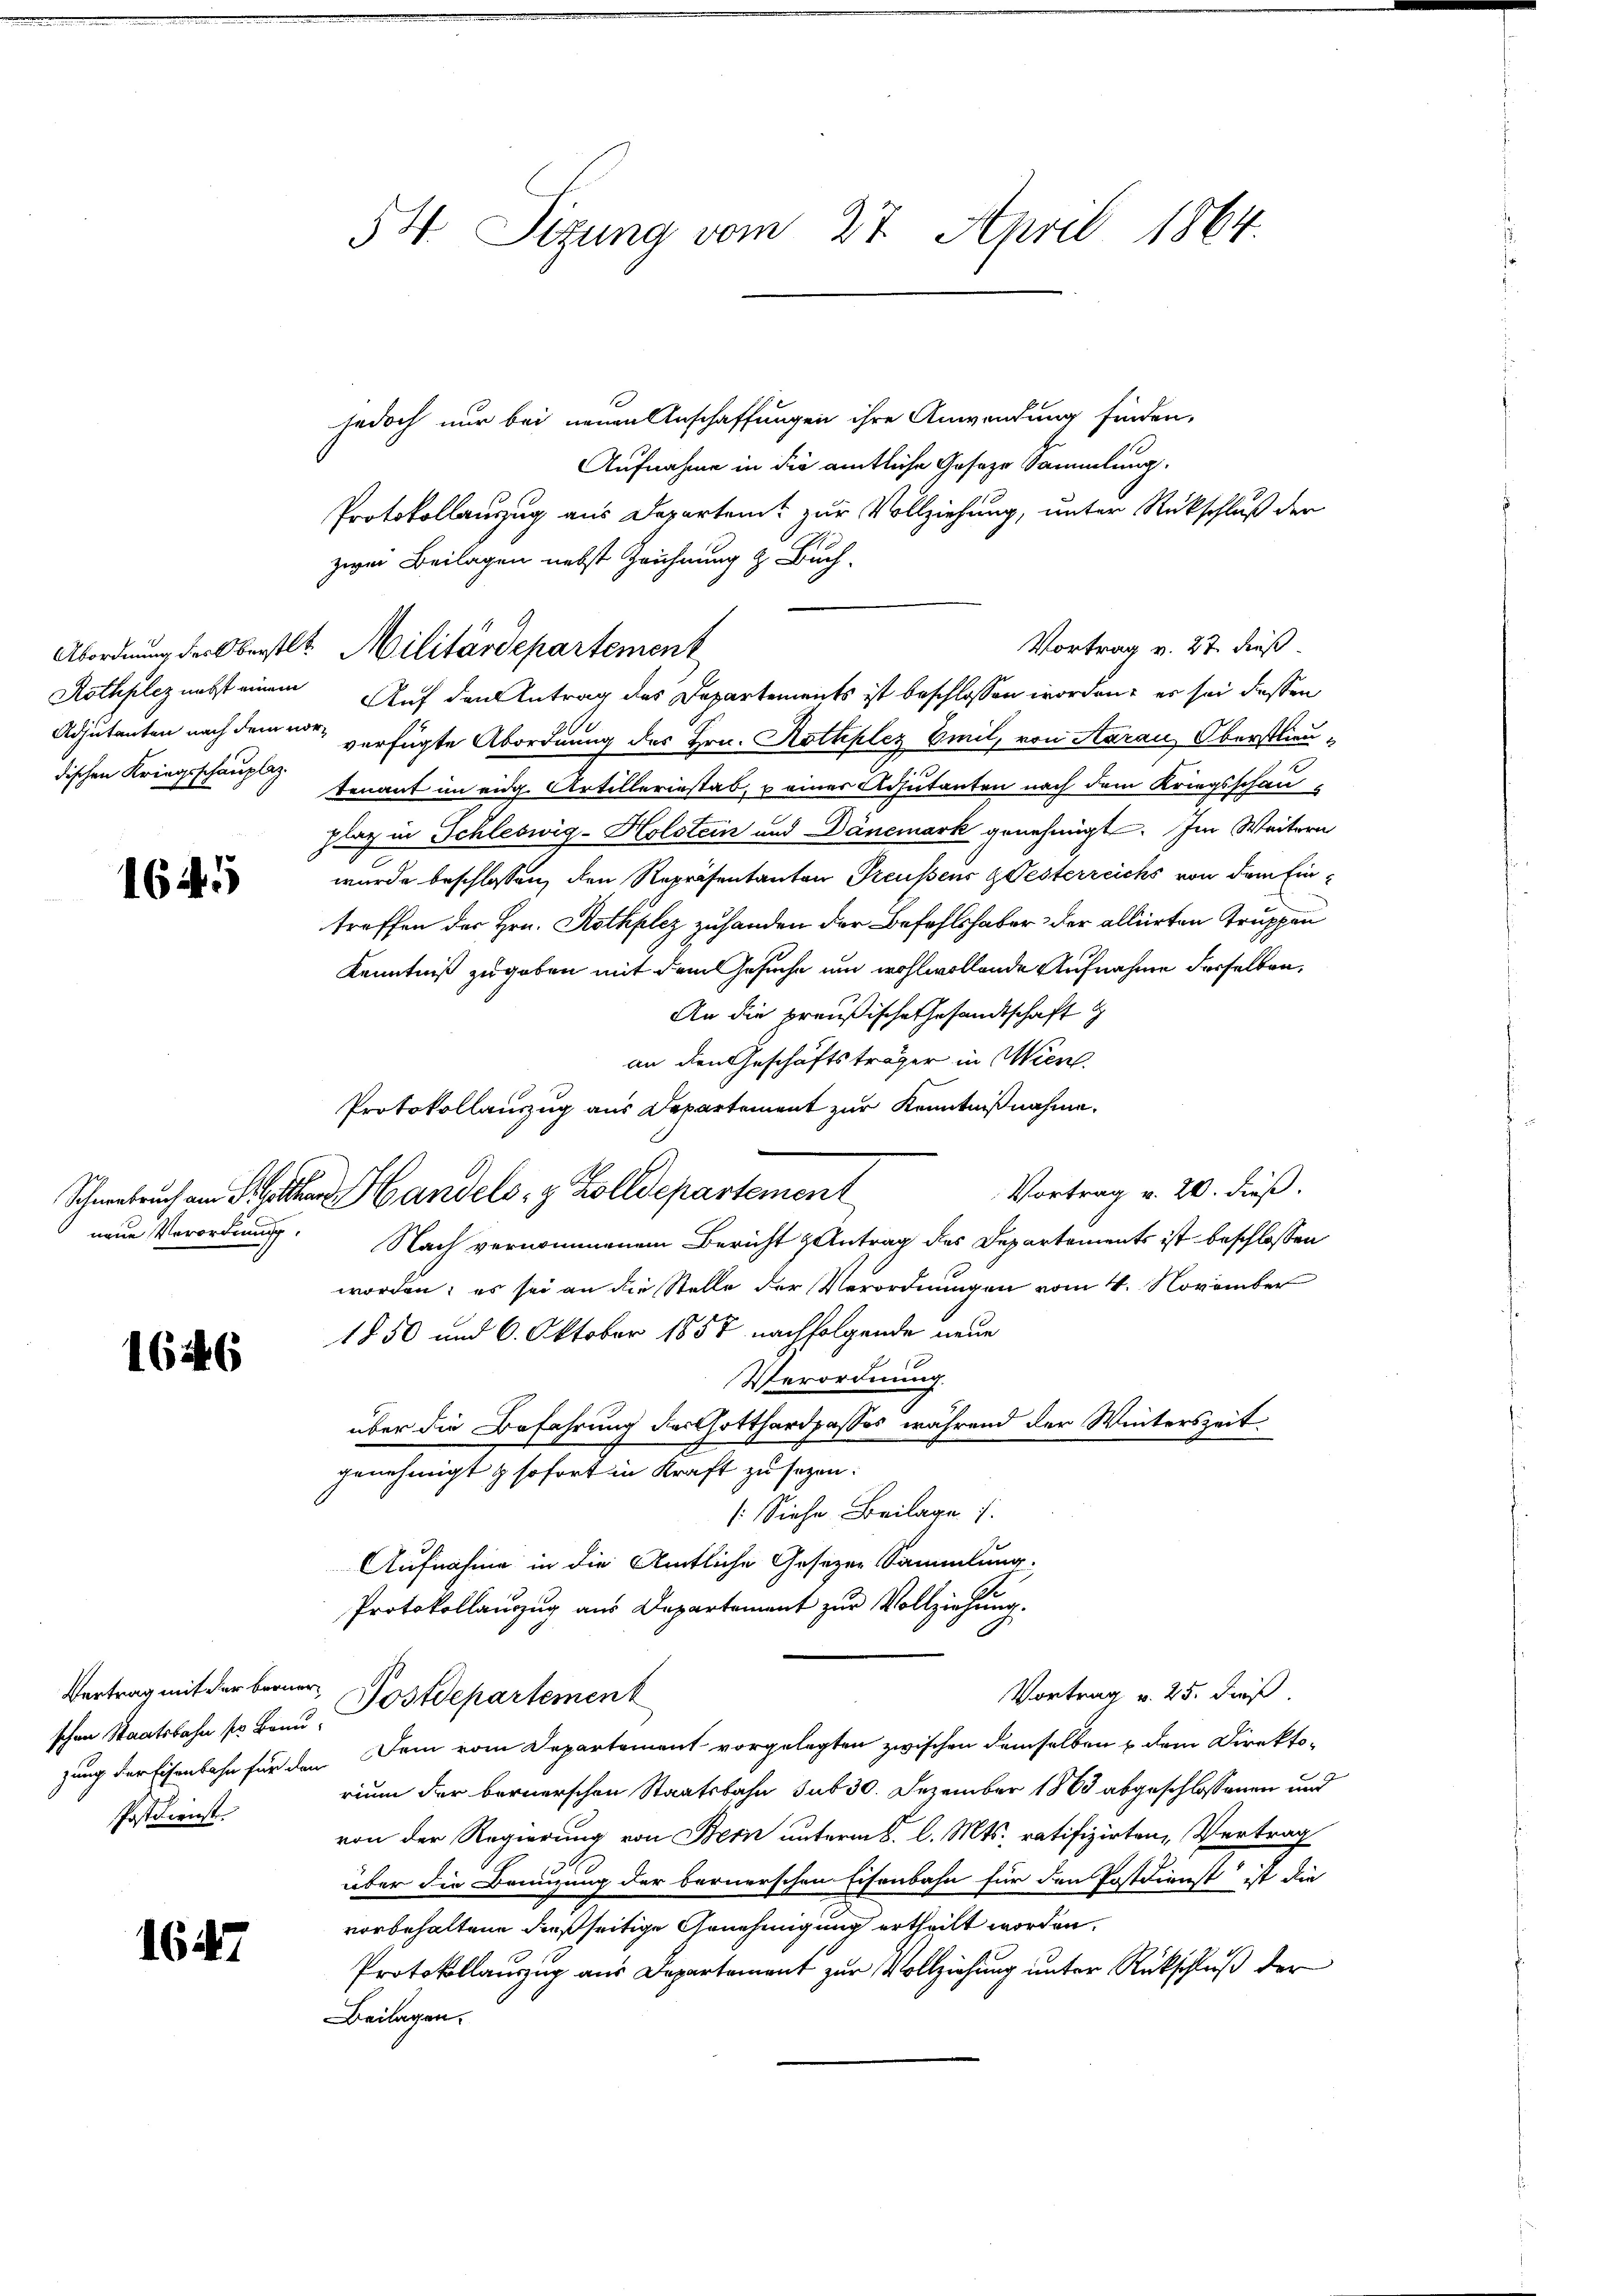
dischen Kriegsschauplaz.

1645

neue Verordnung.

1646

schen Staatsbahn so Banu
Postdienst

1647

jedoch nur bei neuen Anschaffungen ihre Anwendung finden,
Aufnahme in die amtliche Geseze Sammlung.
Protokollauszug aus Departent zur Vollziehung, unter Rückschluß der
zwei Beilagen nebst Zeichnung & Buch¬
Vortrag v. 27. dieß.
Rothplez nebst einem Auf den Antrag des Departements ist beschlossen worden, er sei dessen
Adjutanten nach dem vor verfügte Abordnung des Hrn. Rothplez Emil, von Aarau Oberstlieubenant im eidg. Artilleriestab, u einer Adjutanten nach dem Kriegsschau
plaz in Schleswig-Holstein und Dänemark genehmigt. Im Weitern
wurde beschlossen, den Repräsentanton Treussens gesterreichs von dem Eintreffen der Hrn. Rothplez zuhanden der Befehlshaber der alliirten Truppen
Kenntniß zugeben mit dem Gesuche um wohlwollende Aufnahme derselben,
An die preußische Gesandtschaft
an den Geschäftsträger in Wien.
Protokollauszug aus Departement zur Kenntnißnahme.
Vortrag v. 20. dieß.
Schneebruch am St. Galle Handels- & Zolldepartement
Nach vernommenem Bericht & Antrag des Departements ist beschlossen
worden; es sei an die Stelle der Verordnungen vom 4. November
1850 und 6. Oktober 1858 nachfolgende neue
Verordnung.
über die Befahrung darthotthardpasses während der Winterszeit
genehmigt & sofort in Kraft zu sezen.
: Siehe Beilage
Aufnahme in die Amtliche Gesezer Sammlung.
Protokollauszug aus Departement zur Vollziehung.
Vortrag v. 25. dieß.
Vertrag mit der berner Postdepartement
zung der Eisenbahn für den Dein vom Departement vorgelegten zwischen demselben u dem Direkto-
rium der bernerschen Staatsbahn sub 30. Dezember 1863 abgeschlossenen und
von der Regierung von Bern unterm 8. l. Mts. ratifizirten, Vertrag
über die Bannzung der bernerschen Eisenbahn für den Postdienst ist die
vorbehaltene dießseitige Genehmigung ertheilt worden.
Protokollauszug aus Departement zur Vollziehung unter Rückschluß der
Beilagen.

54 Sizung vom 27. April 1864.

Abordnung des Oberstlt. Militärdepartement